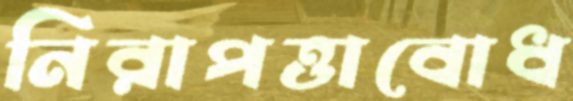
নিরাপত্তাবোধ